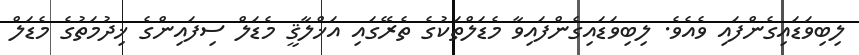
ލިބިވަޑައިގެންފައި ވެއެވެ. ލިބިވަޑައިގެންފައިވާ މެޑަލްތަކުގެ ތެރޭގައި އަޚްލާޤީ މެޑަލް ސިފައިންގެ ޚިދުމަތުގެ މެޑަލް